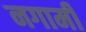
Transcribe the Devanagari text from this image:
नगामी